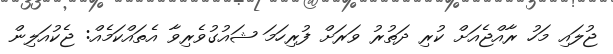
ޖުލައި މަހު ރާއްޖެއަށް ކުރި ދަތުރު ވަރަށް ފުރިހަމަ ޝައުގުވެރިވާ އެތައްކަމެއް: ޖެކުއަލިން